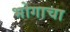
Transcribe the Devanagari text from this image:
भोगाचा